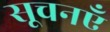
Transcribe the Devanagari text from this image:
सूचनएँ